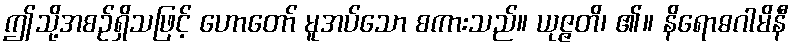
ဤသို့အစဉ်ရှိသဖြင့် ဟောတော် မူအပ်သော စကားသည်။ ယုဇ္ဇတိ၊ ၏။ နိရောဓဂါမိနီ